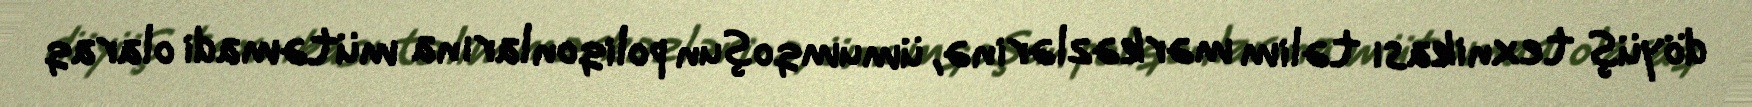
döyüş texnikası təlim mərkəzlərinə, ümumqoşun poliqonlarına mütəmadi olaraq